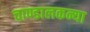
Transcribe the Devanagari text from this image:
चाण्डालकन्या